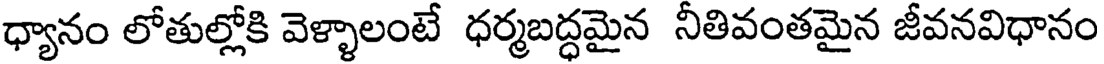
ధ్యానం లోతుల్లోకి వెళ్ళాలంటే ధర్మబద్ధమైన నీతివంతమైన జీవనవిధానం